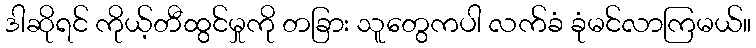
ဒါဆိုရင် ကိုယ့်တီထွင်မှုကို တခြား သူတွေကပါ လက်ခံ ခုံမင်လာကြမယ်။